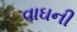
વાઘની